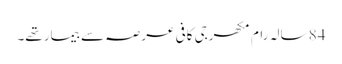
84 سالہ رام مکھرجی کافی عرصہ سے بیمار تھے۔